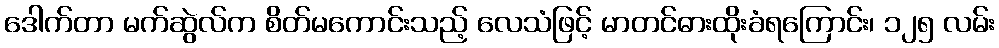
ဒေါက်တာ မက်ဆွဲလ်က စိတ်မကောင်းသည့် လေသံဖြင့် မာတင်ဓားထိုးခံရကြောင်း၊ ၁၂၅ လမ်း